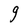
Character: g